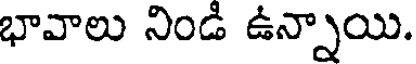
భావాలు నిండి ఉన్నాయి.